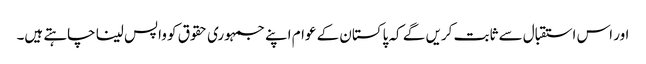
اور اس استقبال سے ثابت کریں گے کہ پاکستان کے عوام اپنے جمہوری حقوق کو واپس لینا چاہتے ہیں۔